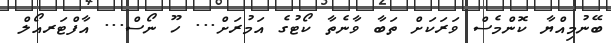
ބޭނުމިއްޔާ ކޮންމެސް ވަރަކަށް ތަބާ ވާނެތާ ކޯޓުގެ އަމުރަށް... ހޫ ނޯސް... އާފްޓަރއޯލް